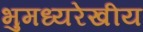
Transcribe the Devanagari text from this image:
भुमध्यरेखीय